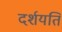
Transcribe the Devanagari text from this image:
दर्शयति